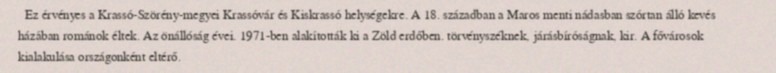
Ez érvényes a Krassó-Szörény-megyei Krassóvár és Kiskrassó helységekre. A 18. században a Maros menti nádasban szórtan álló kevés házában románok éltek. Az önállóság évei. 1971-ben alakították ki a Zöld erdőben. törvényszéknek, járásbíróságnak, kir. A fővárosok kialakulása országonként eltérő.